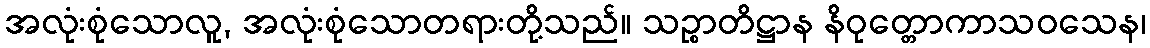
အလုံးစုံသောလူ, အလုံးစုံသောတရားတို့သည်။ သဉ္စာတိဋ္ဌာန နိဝုတ္တောကာသဝသေန၊